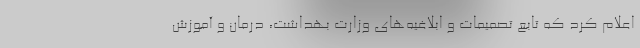
اعلام کرد که تابع تصمیمات و ابلاغیه‌های وزارت بهداشت، درمان و آموزش